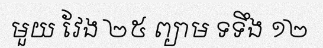
មួយ វែង ២៥ ព្យាម ទទឹង ១២